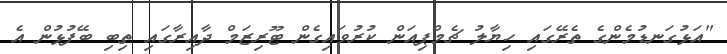
"އަޅުގަނޑުމެންގެ ތެރޭގައި ހިޔާލު ޗެމްޕިއަން ކުރުވައިގެން ޓޫރިޒަމް ދާއިރާގައި ތިބި ބޭފުޅުން އެ